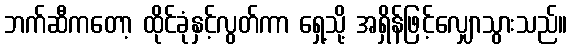
ဘက်ဆီကတော့ ထိုင်ခုံနှင့်လွတ်ကာ ရှေ့သို့ အရှိန်ဖြင့်လျှောသွားသည်။